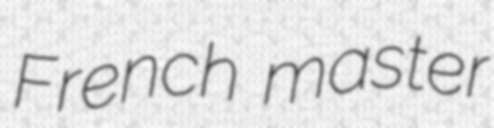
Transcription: French master